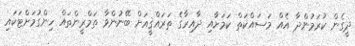
ދީގެން ކުރަމުންދާ އެއް މަސައްކަތް ކަމަށާއި ދާއިރާގެ ތަރައްޤީއަށް ބޭނުންވާ ތަމްރީންތައް ހިންގުމަށްޓަކައި